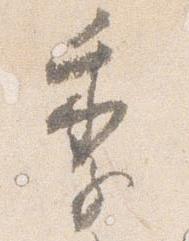
季